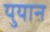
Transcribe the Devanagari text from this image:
युयान